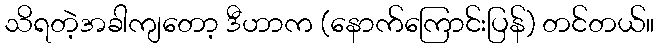
သိရတဲ့အခါကျတော့ ဒီဟာက (နောက်ကြောင်းပြန်) တင်တယ်။